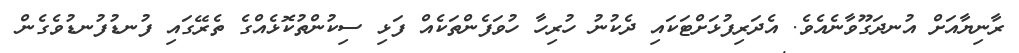
ރާނިޔާއަށް އުނދަގޫވާނެއެވެ. އެދަރިފުޅަށްޓަކައި ދެކުނު ހުރިހާ ހުވަފެންތަކެއް ފަޅި ސިކުންތުކޮޅެއްގެ ތެރޭގައި ފުނޑުފުނޑުވެގެން